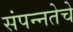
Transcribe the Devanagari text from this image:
संपन्‍नतेचे